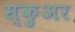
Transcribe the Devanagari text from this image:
स्कुअर